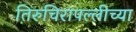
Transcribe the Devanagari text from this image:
तिरुचिरापल्लीच्या